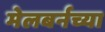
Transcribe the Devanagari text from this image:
मेलबर्नच्या